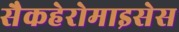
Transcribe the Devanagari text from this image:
सैकहेरोमाइसेस